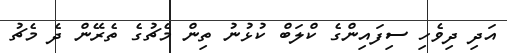
އަދި ދިވެހި ސިފައިންގެ ކްލަބް ކުޅުނު ތިން މެޗުގެ ތެރޭން ދެ މެޗު